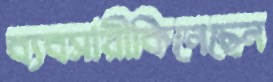
ব্যবসায়ীকিনেছেন